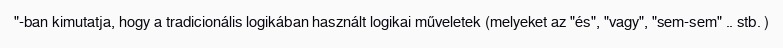
"-ban kimutatja, hogy a tradicionális logikában használt logikai műveletek (melyeket az "és", "vagy", "sem-sem" .. stb. )